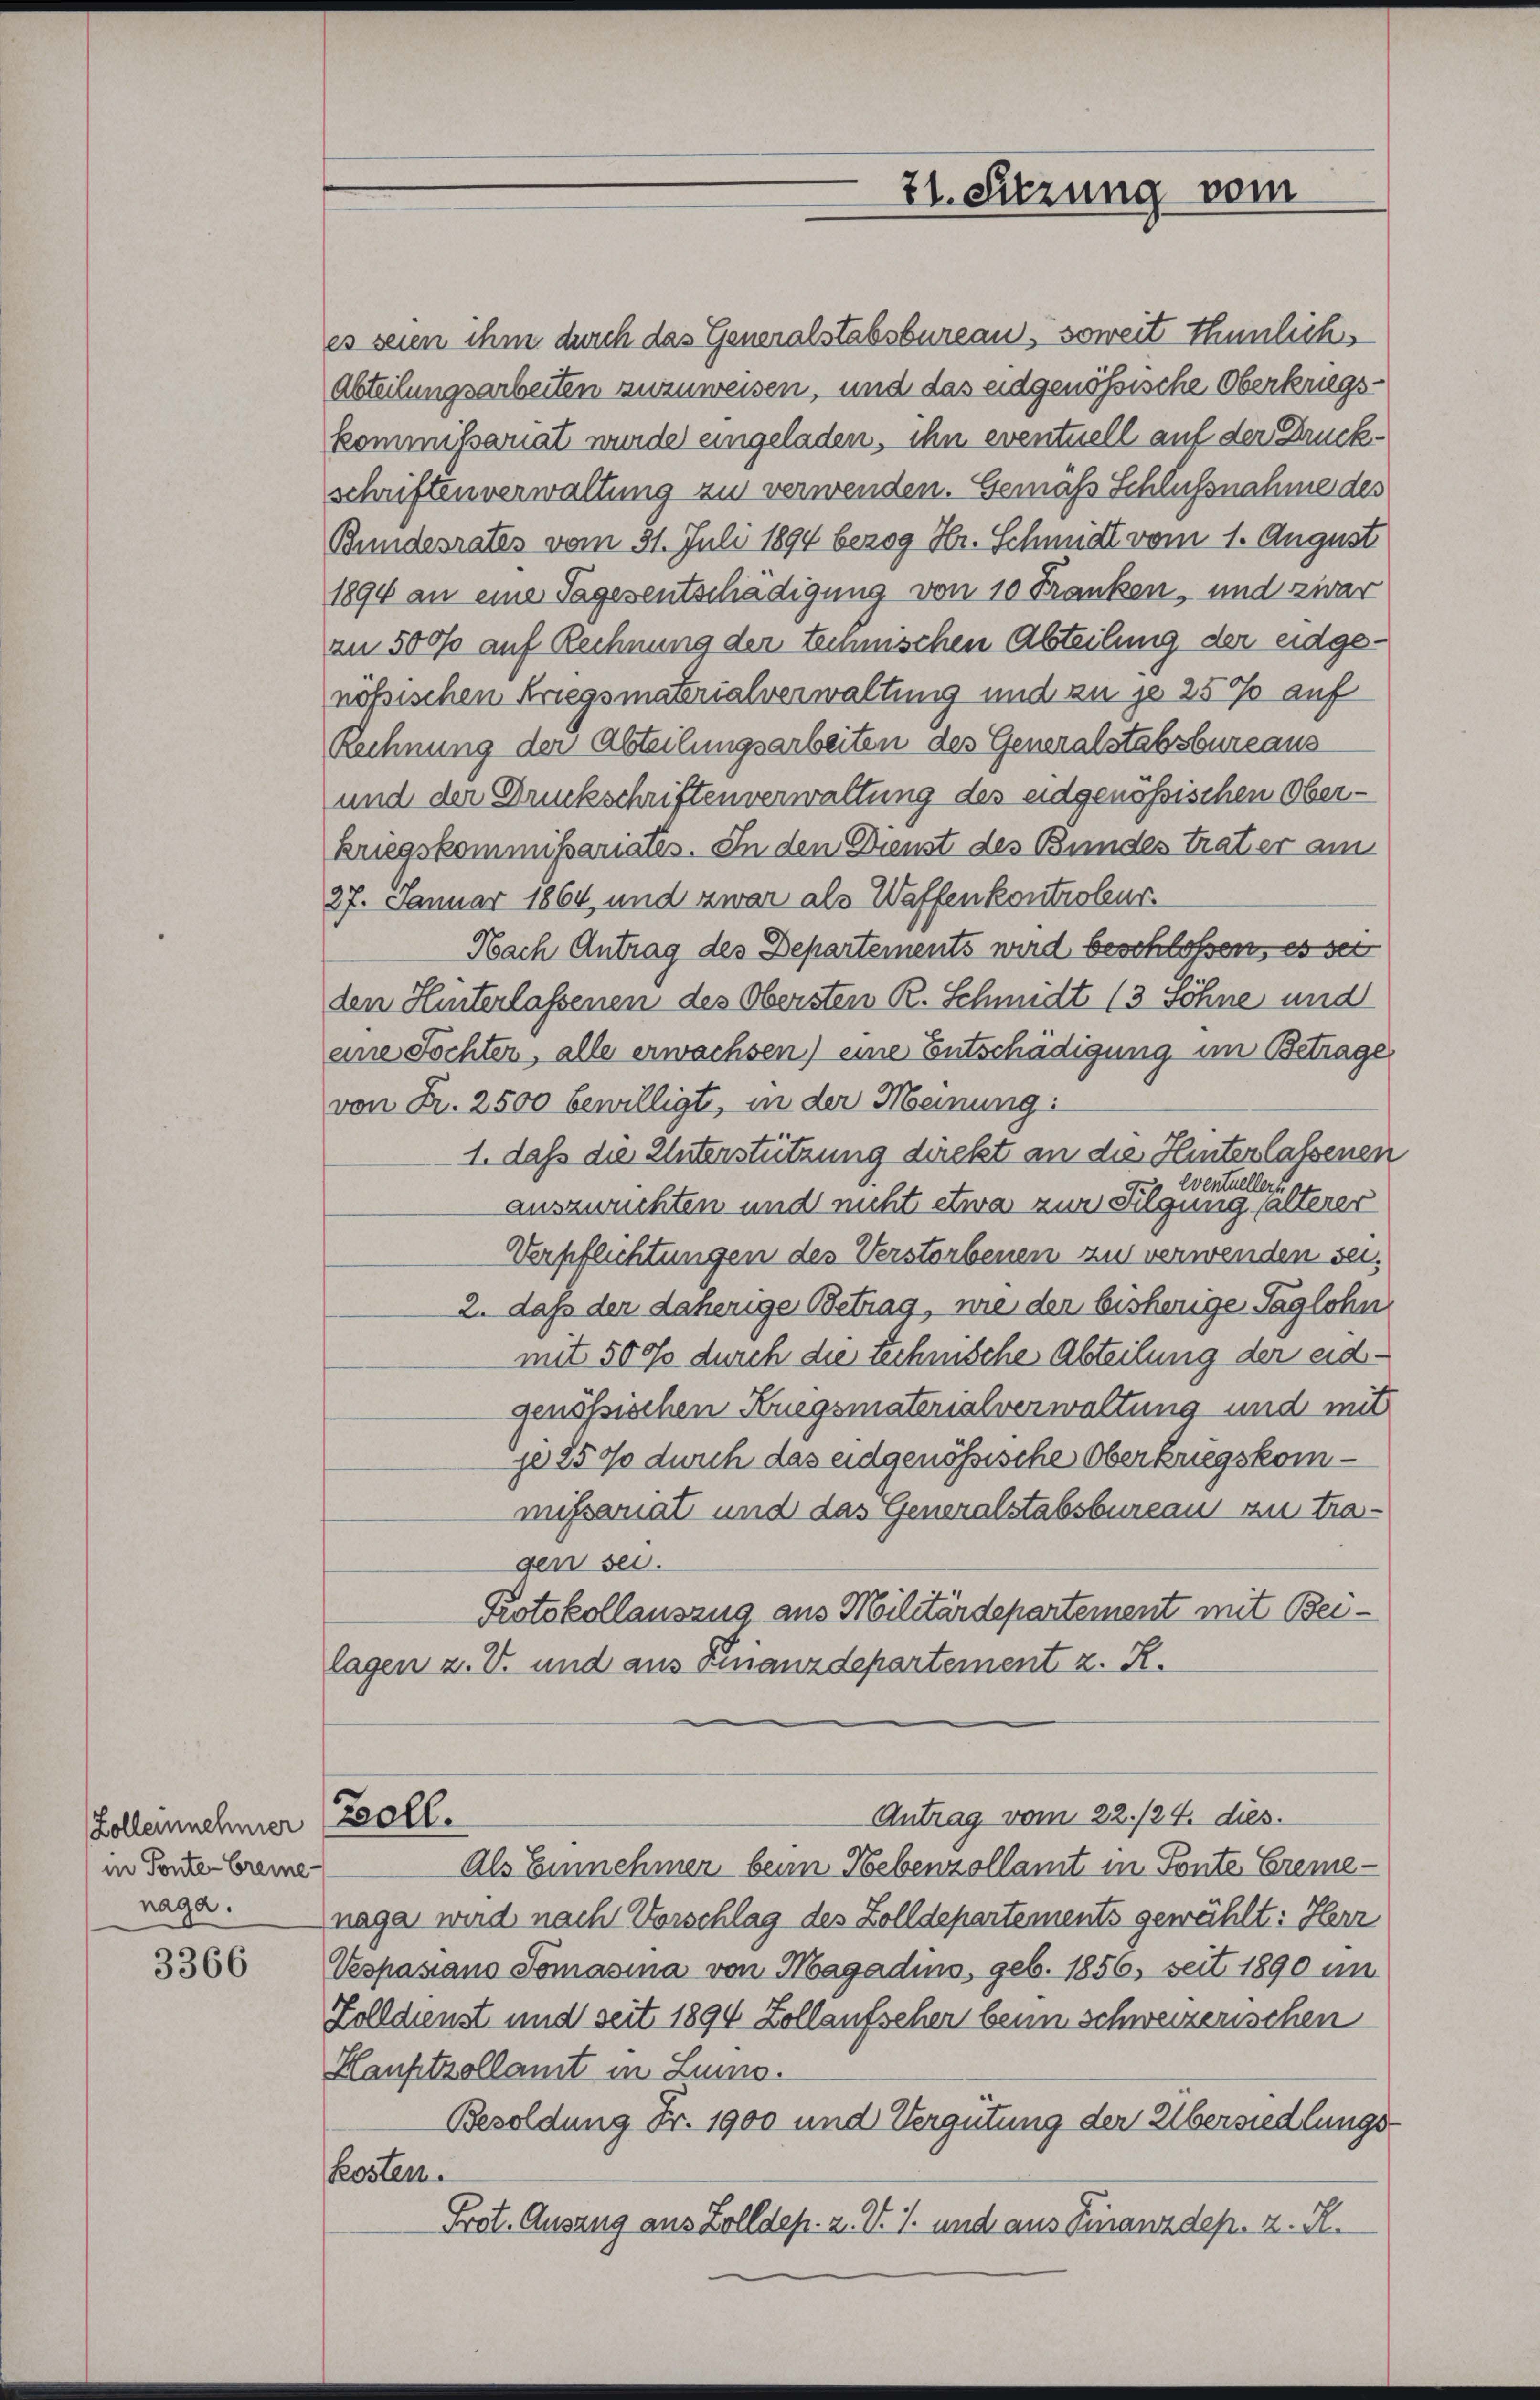
Zolleinnehmer
in Ponte Breme-
naga.

3366

es seien ihm durch das Generalstabsbureau, soweit thunlichs
Abteilungsarbeiten zuzuweisen, und das eidgenössische Oberkriegskommissariat wurde eingeladen, ihn eventuell auf der Druckschriftenverwaltung zu verwenden. Gemäß Schlußnahme des
Bundesrates vom 31. Juli 1894 bezog Hr. Schmidt vom 1. August
1894 an eine Tagesentschädigung von 10 Franken, und zwar
zu 500% auf Rechnung der temischen Abteilung der eidgenössischen Kriegsmaterialverwaltung und zu je 25% auf
Rechnung der Abteilungsarbeiten des Generalstabsbureaus¬
und der Druckschriftenverwaltung des eidgenössischen Oberkriegskommissariates. In den Dienst des Bundes trat er am
27. Januar 1864 und zwar als Waffenkontroleur.
Nach Antrag des Departements wird beschlossen, es sei
den Hinterlassenen des Obersten R. Schmidt (3 Söhne und
eine Tochter, alle erwachsen) eine Entschädigung im Betrage
von Fr. 2500 bewilligt, in der Meinung:
1. daß die Unterstützung direkt an die Hinterlassenen
eventuellers
auszurichten und nicht etwa zur Tilgung halterer
Verpflichtungen des Verstorbenen zu verwenden sei.
2. daß der daherige Betrag, wie den bisherige Taglohn
mit 5000 durch die technische Abteilung der eidgenössischen Kriegsmaterialverwaltung und mit
jo 2500 durch das eidgenössische Oberkriegskommissariat und das Generalstabsbureau zu tragen sei.
Protokollauszug aus Militärdepartement mit Beilagen z. V. und aus Finanzdepartement z. R.

Boll.

21. Sitzung vom

Als Einnehmer beim Nebenzollamt in Fonte Bremenaga wird nach Vorschlag des Zolldepartements gewählt: Herr
Vespasiano Tomasina von Magadins, geb. 1856 seit 1890 im
Zolldienst und seit 1894 Zollaufscher beim schweizerischen
Hauptzollamt in Lumo.
Besoldung Fr. 1900 und Vergütung der Übersiedlungs-
kosten.
Prot. Auszug aus Zolldep. z. V. J. und aus Finanzdep. z. R.

Antrag vom 22./24. dies.